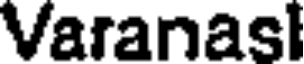
Varanasl